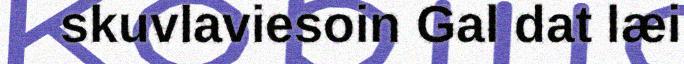
skuvlaviesoin Gal dat læi